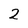
Character: 2